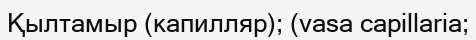
Қылтамыр (капилляр); (vasa capillaria;